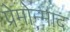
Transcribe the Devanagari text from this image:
प्रेमोन्माद